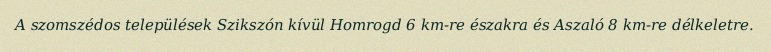
A szomszédos települések Szikszón kívül Homrogd 6 km-re északra és Aszaló 8 km-re délkeletre.